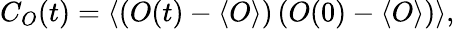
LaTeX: C_{O}(t)=\langle\left(O(t)-\langle O\rangle\right)\left(O(0)-\langle O\rangle\right)\rangle,